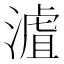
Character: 𣻐